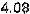
4.08